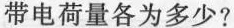
带电荷量各为多少?